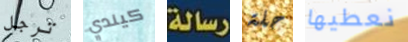
ترجل كيندي رسالة حلة نعطيها